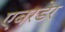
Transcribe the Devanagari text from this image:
एबरडेर